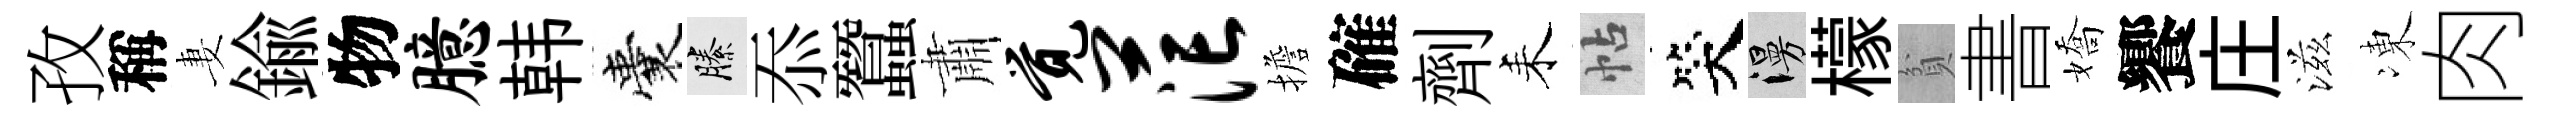
孜稱妻鍮物臆韩囊縢忝蠶肅觉茫擔確劑耒帖笑漫檬貧書嬌饗庄滋凍肉